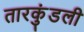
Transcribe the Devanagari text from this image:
तारकुंडली